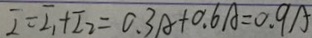
I = I _ { 1 } + I _ { 2 } = 0 . 3 A + 0 . 6 A = 0 . 9 A